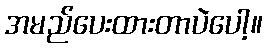
အမည်ပေးထားတာပဲပေါ့။